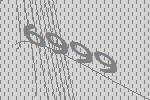
6999